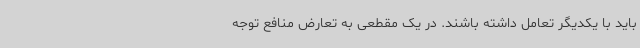
باید با یکدیگر تعامل داشته باشند. در یک مقطعی به تعارض منافع توجه